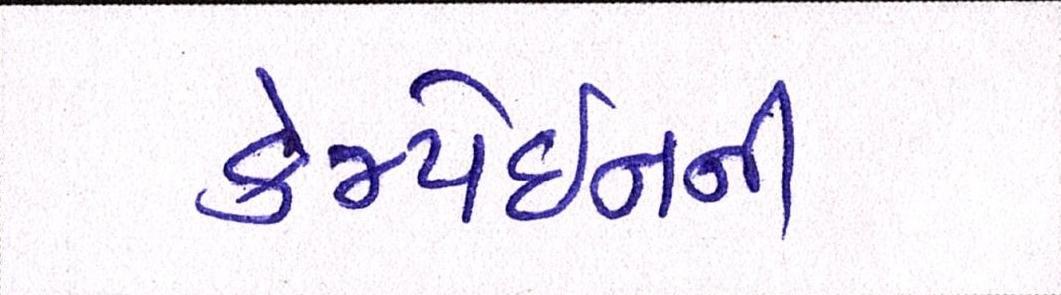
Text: કેમ્પેઇનની